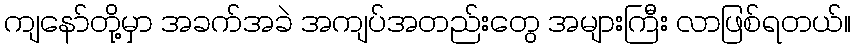
ကျနော်တို့မှာ အခက်အခဲ အကျပ်အတည်းတွေ အများကြီး လာဖြစ်ရတယ်။